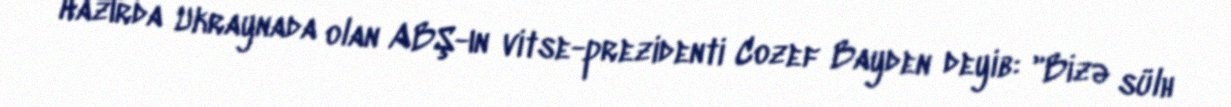
Hazırda Ukraynada olan ABŞ-ın vitse-prezidenti Cozef Bayden deyib: "Bizə sülh